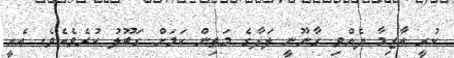
ކުރީ އާޒިމާ ދެއްވި ގާނޫނީ ލަފާގެ މަތިން ކަމަށް ގަބޫލު ކުރެވެއެވެ. އެއީ